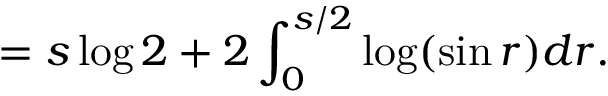
= s \log 2 + 2 \int _ { 0 } ^ { s / 2 } \log ( \sin r ) d r .